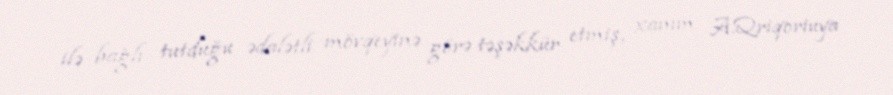
ilə bağlı tutduğu ədalətli mövqeyinə görə təşəkkür etmiş, xanım A.Qriqoriuya